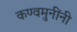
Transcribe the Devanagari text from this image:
कण्वमुनींनी